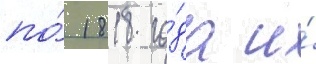
по́ 1818 го́да и́